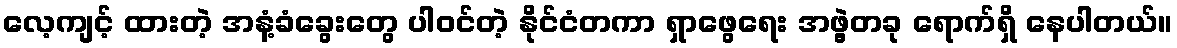
လေ့ကျင့် ထားတဲ့ အနံ့ခံခွေးတွေ ပါဝင်တဲ့ နိုင်ငံတကာ ရှာဖွေရေး အဖွဲ့တခု ရောက်ရှိ နေပါတယ်။